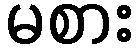
မစား